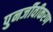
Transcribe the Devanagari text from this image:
पुनर्जीवीकरण